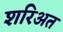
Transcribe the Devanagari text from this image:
शरिअत